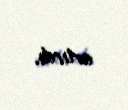
artırdı.